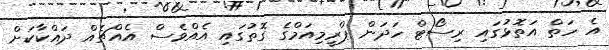
އެ ހަތް އަތޮޅުގައި ރިސޯޓް ހަދަން ޕްރީމިއަމްގެ ގޮތުގައި އެއްވެސް އެއްޗެއް ދައްކާކަށް